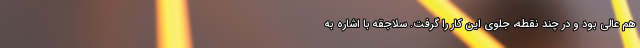
هم عالی بود و در چند نقطه، جلوی این کار را گرفت. سلاجقه با اشاره به